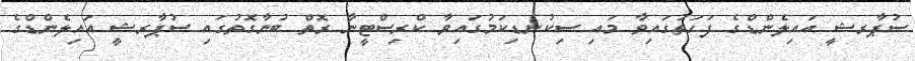
ސުޕާރޝީ އައިލެންޑްގެ ފަހަތުގައިވާ މައި ސިކުނޑިކަމުގައިވާ ކްރިސްޓީނާ ރޮތް ބުނާގޮތުގައި ސުޕާރޝީ އައިލެންޑްގެ